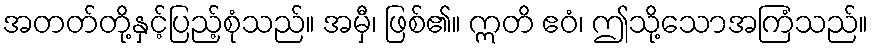
အတတ်တို့နှင့်ပြည့်စုံသည်။ အမှီ၊ ဖြစ်၏။ ဣတိ ဧဝံ၊ ဤသို့သောအကြံသည်။